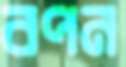
বপন